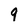
Character: 9